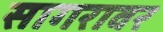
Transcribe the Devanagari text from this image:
सागरावर